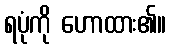
ရပုံကို ဟောထား၏။